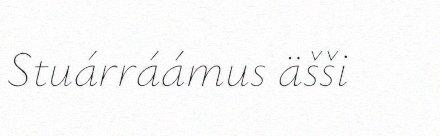
Stuárráámus äšši